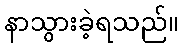
နာသွားခဲ့ရသည်။